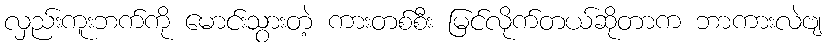
လှည်းကူးဘက်ကို မောင်းသွားတဲ့ ကားတစ်စီး မြင်လိုက်တယ်ဆိုတာက ဘာကားလဲဗျ